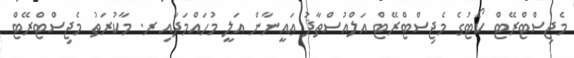
މެޖިސްޓްރޭޓް ކޯޓުގެ މެޖިސްޓްރޭޓް އަލްއުސްތާޛު ޢައީނާން އަލީ މުހައްމަދާއި ރ. މާކުރަތު މެޖިސްޓްރޭޓް